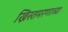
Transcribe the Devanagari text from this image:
ख्रिस्तमरणाच्या